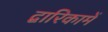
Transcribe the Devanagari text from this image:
द्वारिकामें